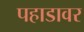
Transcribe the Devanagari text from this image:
पहाडावर